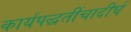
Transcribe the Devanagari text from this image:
कार्यपद्धतींचादीर्घ